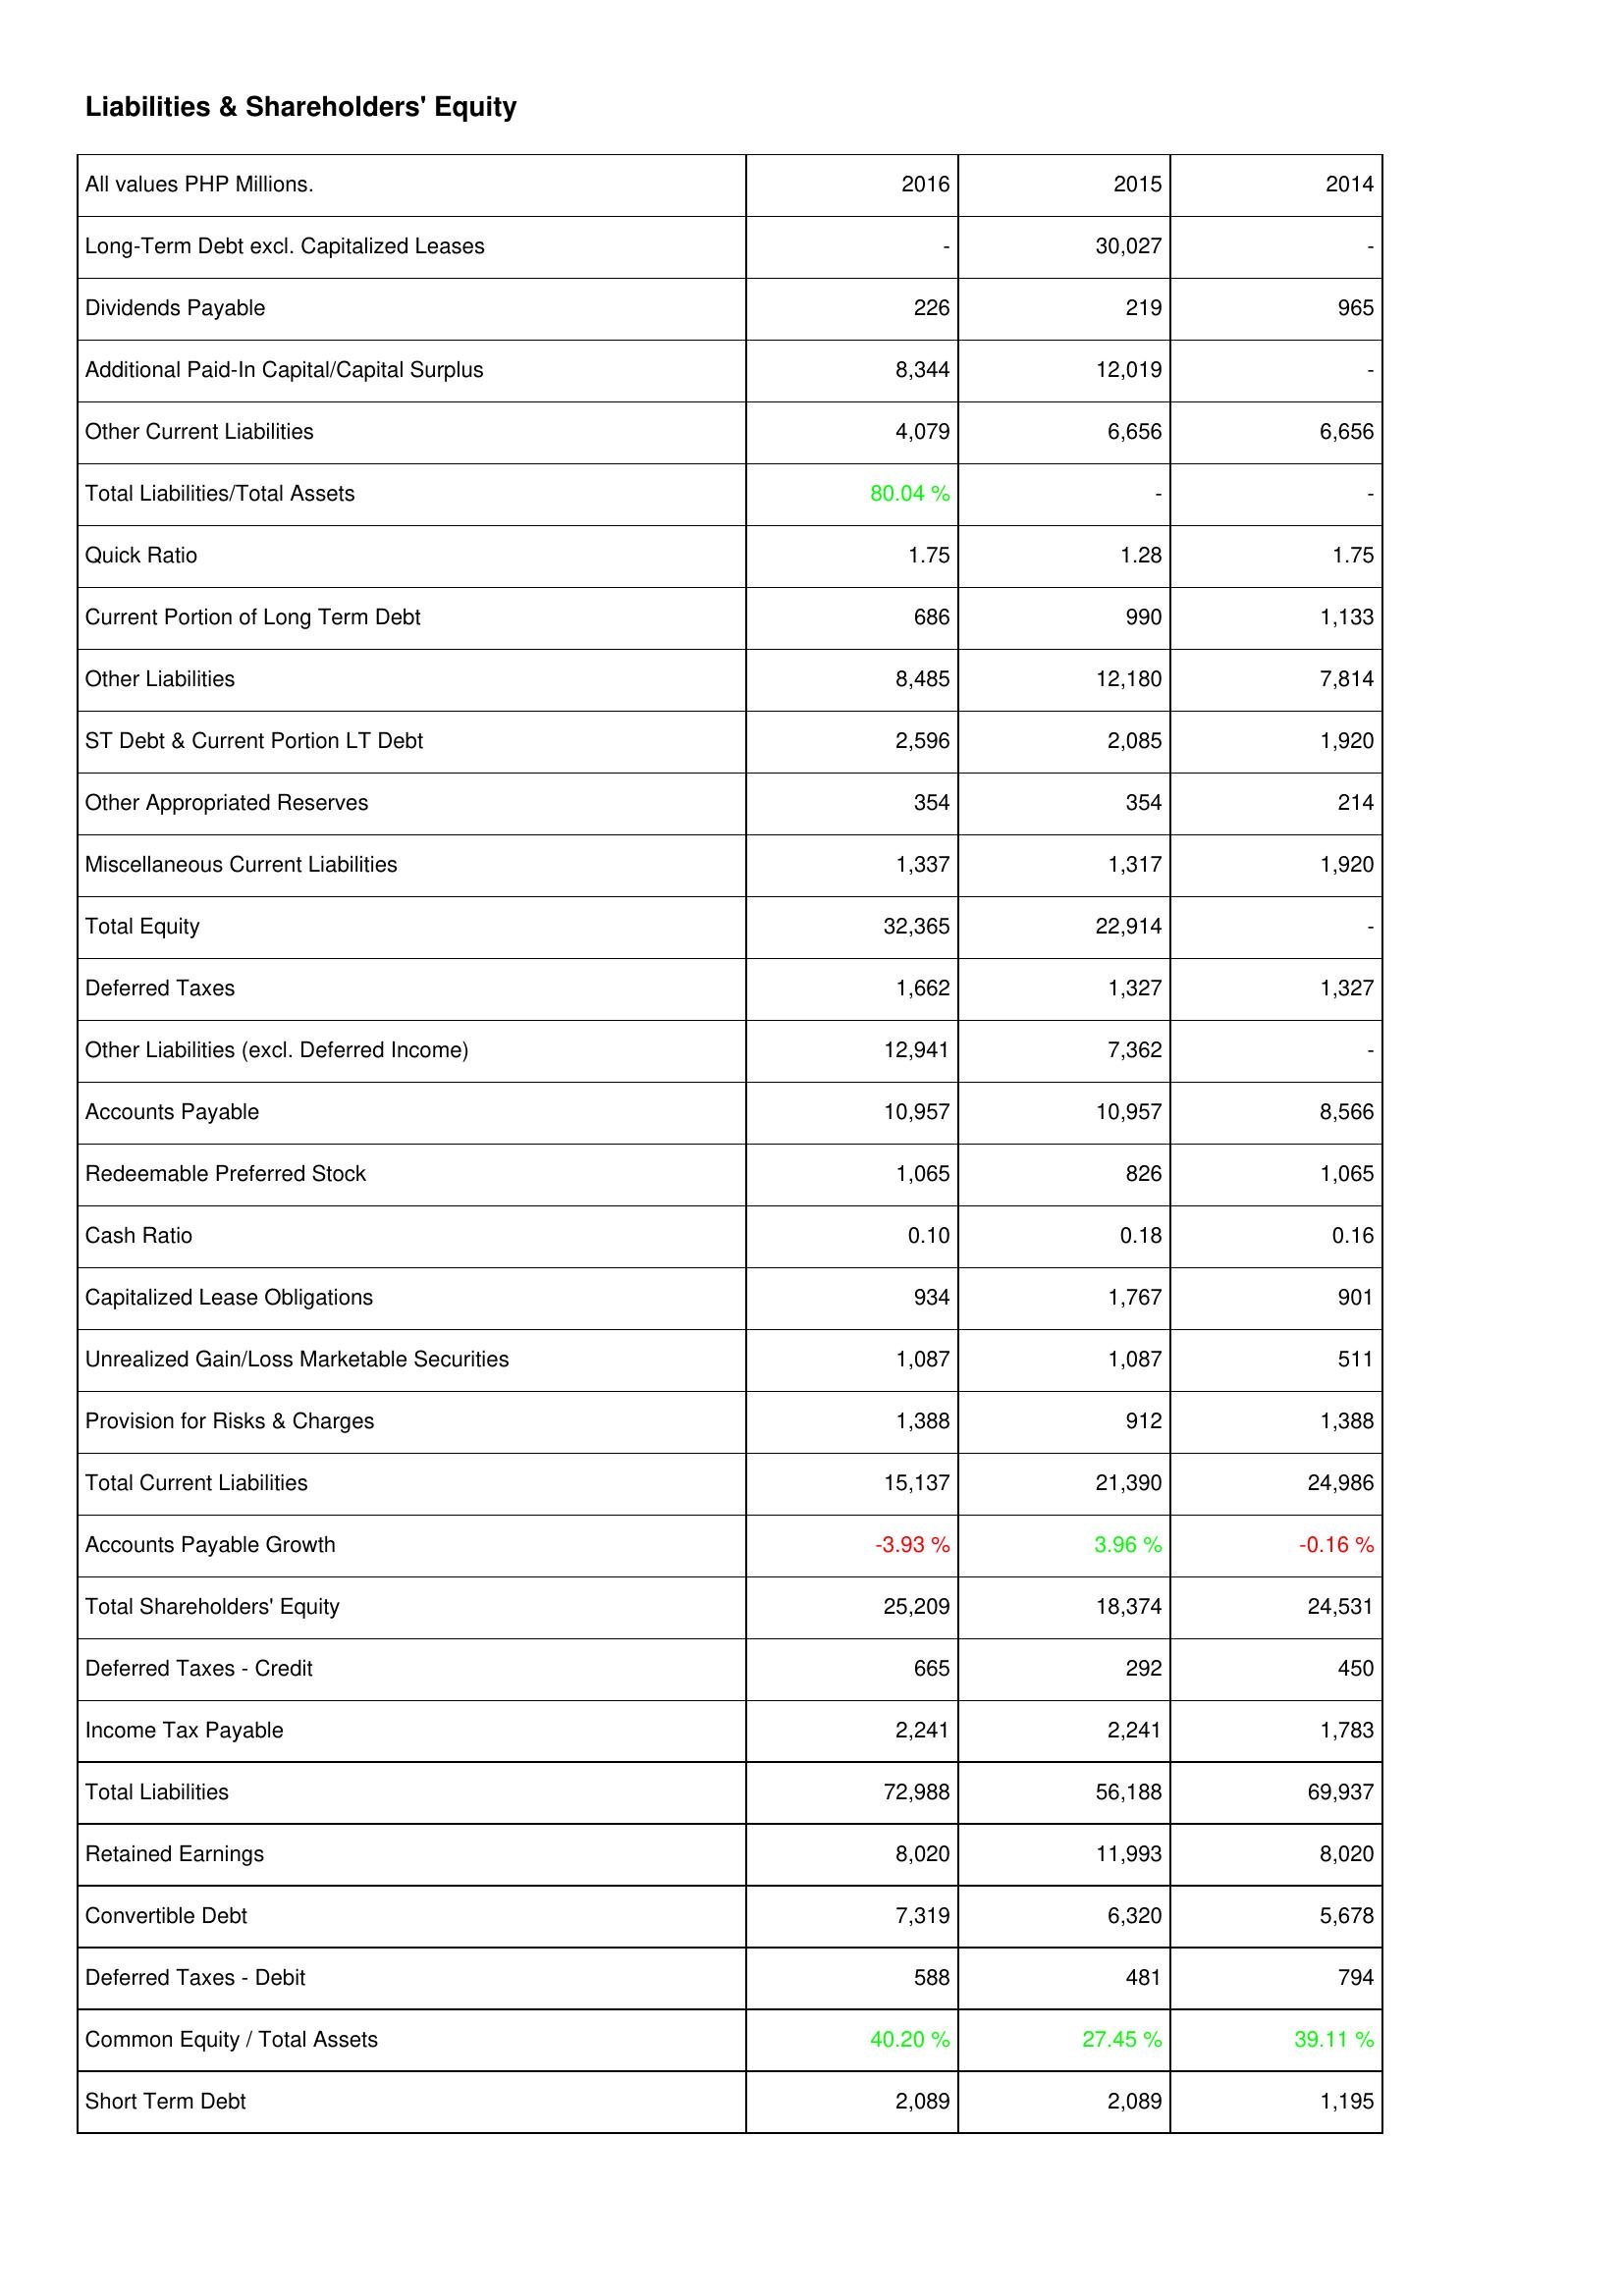
2016: Liabilities & Shareholders' Equity: Long-Term Debt excl. Capitalized Leases: -
Dividends Payable: 226
Additional Paid-In Capital/Capital Surplus: 8,344
Other Current Liabilities: 4,079
Total Liabilities/Total Assets: 80.04 %
Quick Ratio: 1.75
Current Portion of Long Term Debt: 686
Other Liabilities: 8,485
ST Debt & Current Portion LT Debt: 2,596
Other Appropriated Reserves: 354
Miscellaneous Current Liabilities: 1,337
Total Equity: 32,365
Deferred Taxes: 1,662
Other Liabilities (excl. Deferred Income): 12,941
Accounts Payable: 10,957
Redeemable Preferred Stock: 1,065
Cash Ratio: 0.10
Capitalized Lease Obligations: 934
Unrealized Gain/Loss Marketable Securities: 1,087
Provision for Risks & Charges: 1,388
Total Current Liabilities: 15,137
Accounts Payable Growth: -3.93 %
Total Shareholders' Equity: 25,209
Deferred Taxes - Credit: 665
Income Tax Payable: 2,241
Total Liabilities: 72,988
Retained Earnings: 8,020
Convertible Debt: 7,319
Deferred Taxes - Debit: 588
Common Equity / Total Assets: 40.20 %
Short Term Debt: 2,089
2015: Liabilities & Shareholders' Equity: Long-Term Debt excl. Capitalized Leases: 30,027
Dividends Payable: 219
Additional Paid-In Capital/Capital Surplus: 12,019
Other Current Liabilities: 6,656
Total Liabilities/Total Assets: -
Quick Ratio: 1.28
Current Portion of Long Term Debt: 990
Other Liabilities: 12,180
ST Debt & Current Portion LT Debt: 2,085
Other Appropriated Reserves: 354
Miscellaneous Current Liabilities: 1,317
Total Equity: 22,914
Deferred Taxes: 1,327
Other Liabilities (excl. Deferred Income): 7,362
Accounts Payable: 10,957
Redeemable Preferred Stock: 826
Cash Ratio: 0.18
Capitalized Lease Obligations: 1,767
Unrealized Gain/Loss Marketable Securities: 1,087
Provision for Risks & Charges: 912
Total Current Liabilities: 21,390
Accounts Payable Growth: 3.96 %
Total Shareholders' Equity: 18,374
Deferred Taxes - Credit: 292
Income Tax Payable: 2,241
Total Liabilities: 56,188
Retained Earnings: 11,993
Convertible Debt: 6,320
Deferred Taxes - Debit: 481
Common Equity / Total Assets: 27.45 %
Short Term Debt: 2,089
2014: Liabilities & Shareholders' Equity: Long-Term Debt excl. Capitalized Leases: -
Dividends Payable: 965
Additional Paid-In Capital/Capital Surplus: -
Other Current Liabilities: 6,656
Total Liabilities/Total Assets: -
Quick Ratio: 1.75
Current Portion of Long Term Debt: 1,133
Other Liabilities: 7,814
ST Debt & Current Portion LT Debt: 1,920
Other Appropriated Reserves: 214
Miscellaneous Current Liabilities: 1,920
Total Equity: -
Deferred Taxes: 1,327
Other Liabilities (excl. Deferred Income): -
Accounts Payable: 8,566
Redeemable Preferred Stock: 1,065
Cash Ratio: 0.16
Capitalized Lease Obligations: 901
Unrealized Gain/Loss Marketable Securities: 511
Provision for Risks & Charges: 1,388
Total Current Liabilities: 24,986
Accounts Payable Growth: -0.16 %
Total Shareholders' Equity: 24,531
Deferred Taxes - Credit: 450
Income Tax Payable: 1,783
Total Liabilities: 69,937
Retained Earnings: 8,020
Convertible Debt: 5,678
Deferred Taxes - Debit: 794
Common Equity / Total Assets: 39.11 %
Short Term Debt: 1,195